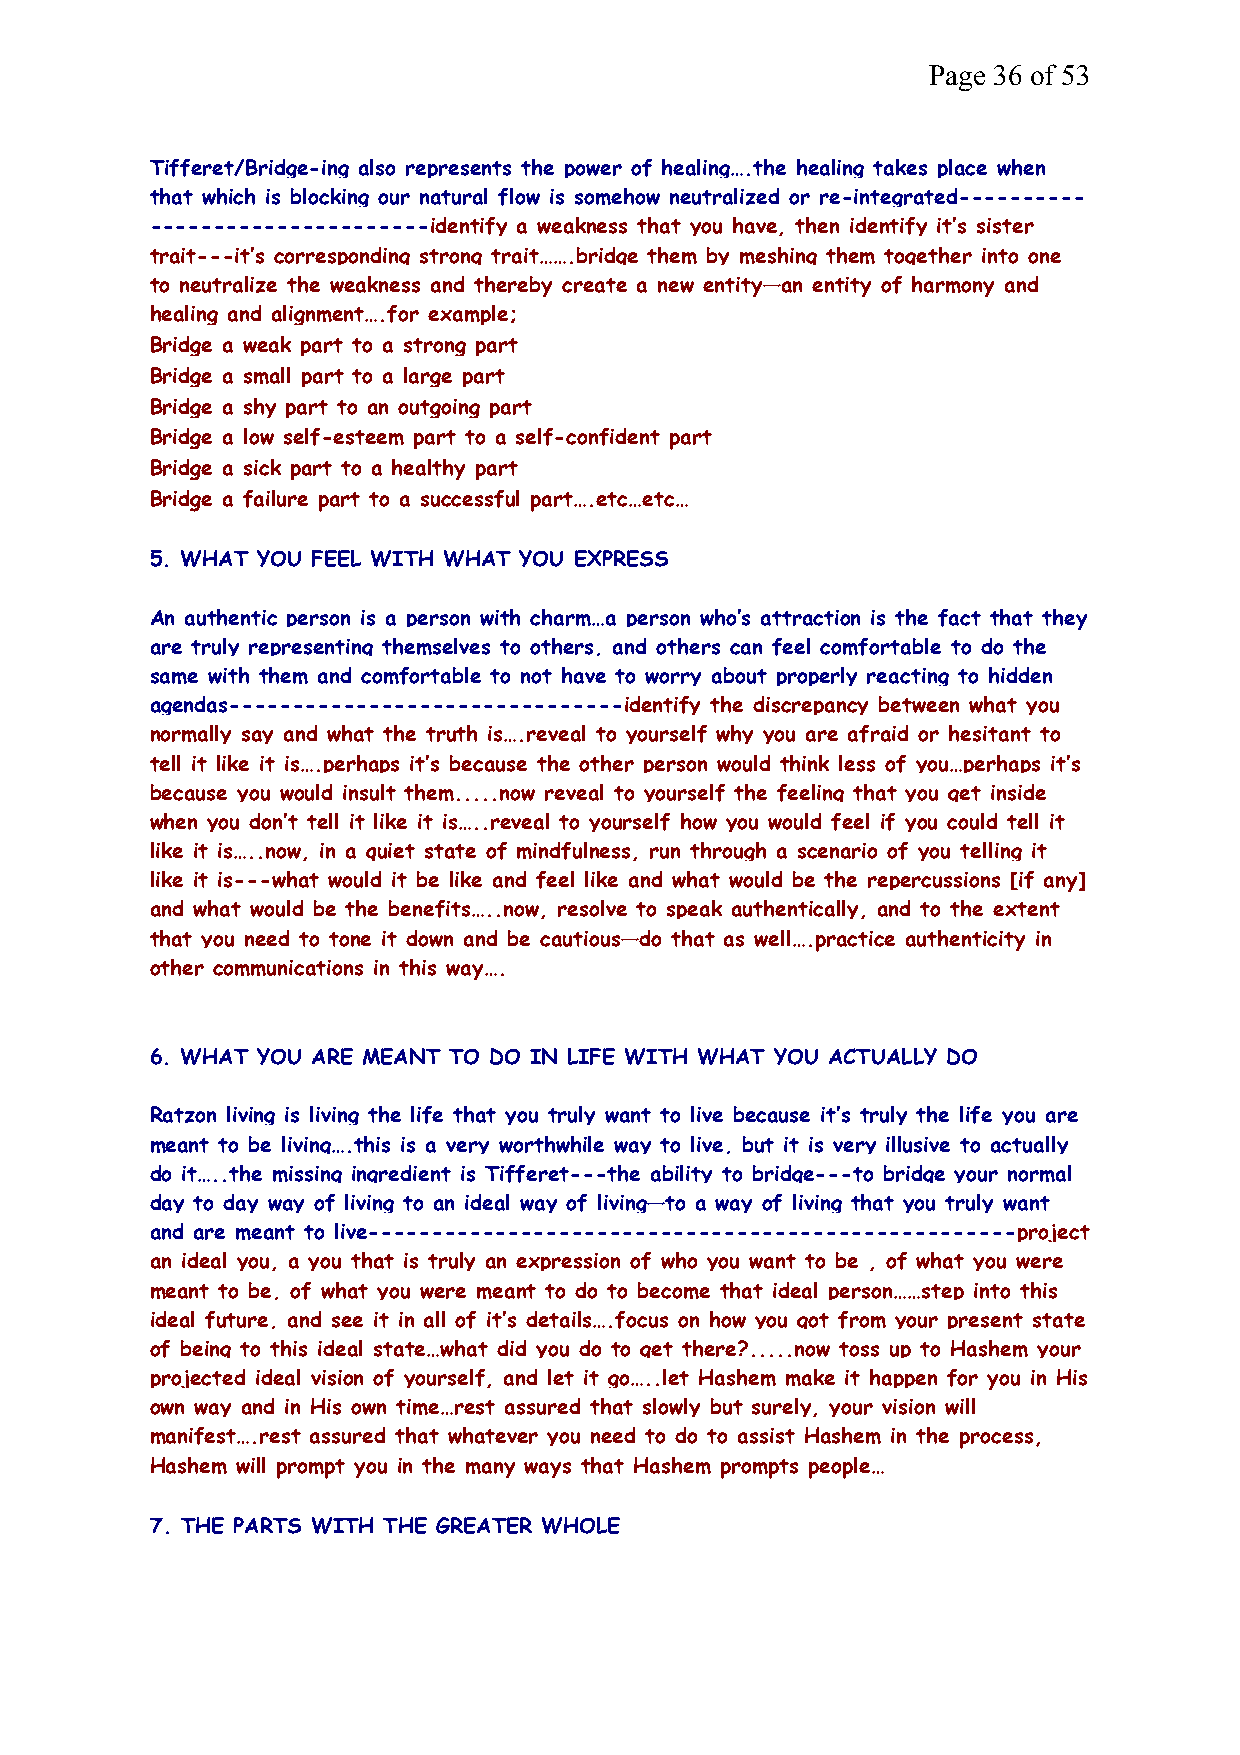
Page 36 of 53
 Tifferet/Bridge-ing also represents the power of healing….the healing takes place when
 that which is blocking our natural flow is somehow neutralized or re-integrated----------
 ----------------------identify a weakness that you have, then identify it’s sister
 trait---it’s corresponding strong trait…….bridge them by meshing them together into one
 to neutralize the weakness and thereby create a new entity—an entity of harmony and
 healing and alignment….for example;
 Bridge a weak part to a strong part
 Bridge a small part to a large part
 Bridge a shy part to an outgoing part
 Bridge a low self-esteem part to a self-confident part
 Bridge a sick part to a healthy part
 Bridge a failure part to a successful part….etc…etc…
 5. WHAT YOU FEEL WITH WHAT YOU EXPRESS
 An authentic person is a person with charm…a person who’s attraction is the fact that they
 are truly representing themselves to others, and others can feel comfortable to do the
 same with them and comfortable to not have to worry about properly reacting to hidden
 agendas-------------------------------identify the discrepancy between what you
 normally say and what the truth is….reveal to yourself why you are afraid or hesitant to
 tell it like it is….perhaps it’s because the other person would think less of you…perhaps it’s
 because you would insult them.....now reveal to yourself the feeling that you get inside
 when you don’t tell it like it is…..reveal to yourself how you would feel if you could tell it
 like it is…..now, in a quiet state of mindfulness, run through a scenario of you telling it
 like it is---what would it be like and feel like and what would be the repercussions [if any]
 and what would be the benefits…..now, resolve to speak authentically, and to the extent
 that you need to tone it down and be cautious—do that as well….practice authenticity in
 other communications in this way….
 6. WHAT YOU ARE MEANT TO DO IN LIFE WITH WHAT YOU ACTUALLY DO
 Ratzon living is living the life that you truly want to live because it’s truly the life you are
 meant to be living….this is a very worthwhile way to live, but it is very illusive to actually
 do it…..the missing ingredient is Tifferet---the ability to bridge---to bridge your normal
 day to day way of living to an ideal way of living—to a way of living that you truly want
 and are meant to live---------------------------------------------------project
 an ideal you, a you that is truly an expression of who you want to be , of what you were
 meant to be, of what you were meant to do to become that ideal person……step into this
 ideal future, and see it in all of it’s details….focus on how you got from your present state
 of being to this ideal state…what did you do to get there?.....now toss up to Hashem your
 projected ideal vision of yourself, and let it go…..let Hashem make it happen for you in His
 own way and in His own time…rest assured that slowly but surely, your vision will
 manifest….rest assured that whatever you need to do to assist Hashem in the process,
 Hashem will prompt you in the many ways that Hashem prompts people…
 7. THE PARTS WITH THE GREATER WHOLE